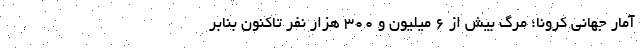
آمار جهانی کرونا؛ مرگ بیش از ۶ میلیون و ۳۰۰ هزار نفر تاکنون بنابر